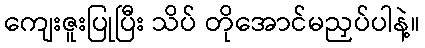
ကျေးဇူးပြုပြီး သိပ် တိုအောင်မညှပ်ပါနဲ့။